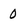
Character: 0